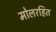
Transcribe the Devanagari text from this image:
मोलरहित